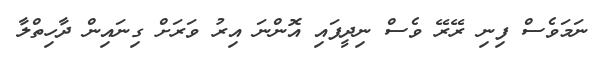
ނަމަވެސް ފިނި ރޭރޭ ވެސް ނިދީފައި އޮންނަ އިރު ވަރަށް ގިނައިން ދާހިތްލާ